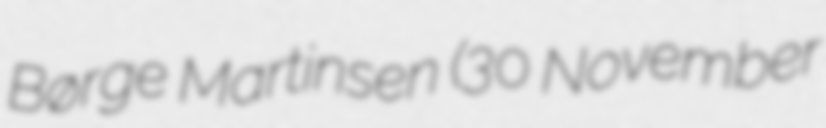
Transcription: Børge Martinsen (30 November